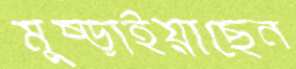
মুষ্‌ড়াইয়াছেন